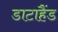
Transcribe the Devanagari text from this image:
डाटाहैंड